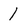
Character: I